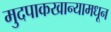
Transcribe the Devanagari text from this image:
मुदपाकखान्यामधून